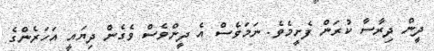
ދީން ދިރާސާ ކުރަން ފެށީމެވެ. ނަމަވެސް އެ ދީންވެސް ވެގެން ދިޔައީ އަހަރެންގެ